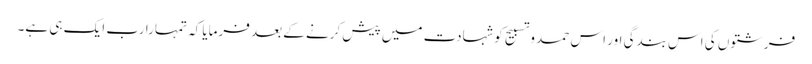
فرشتوں کی اس بندگی اور اس حمد و تسبیح کو شہادت میں پیش کرنے کے بعد فرمایا کہ تمہارا رب ایک ہی ہے۔